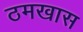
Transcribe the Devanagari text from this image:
ठमखास